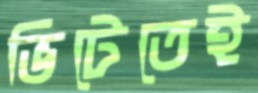
ভিটেতেই